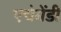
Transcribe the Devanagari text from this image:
एचेमेंडी